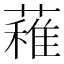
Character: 䕌